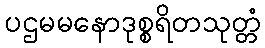
ပဌမမနောဒုစ္စရိတသုတ္တံ